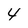
Character: 4